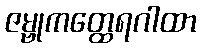
ဇမ္ဗုကတ္ထေရဂါထာ